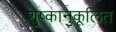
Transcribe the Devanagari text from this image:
शु्ष्कानुकूलित